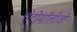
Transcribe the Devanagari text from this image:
एंटोमॉलोजी